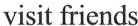
visit friends